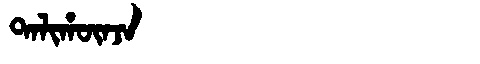
Manchu: ᡨᠠᠯᡳᡥᡡᠨᠵᠠ
Romanization: TALIHŪNJA